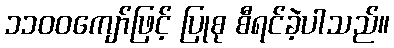
၁၁၀၀ကျော်ဖြင့် ပြုစု စီရင်ခဲ့ပါသည်။